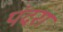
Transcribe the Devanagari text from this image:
पंदरा